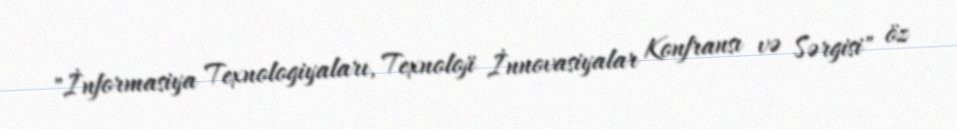
"İnformasiya Texnologiyaları, Texnoloji İnnovasiyalar Konfransı və Sərgisi" öz